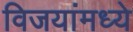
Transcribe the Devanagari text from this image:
विजयांमध्ये